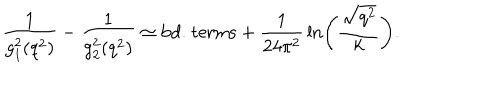
{ \frac { 1 } { g _ { 1 } ^ { 2 } ( q ^ { 2 } ) } } - { \frac { 1 } { g _ { 2 } ^ { 2 } ( q ^ { 2 } ) } } \simeq \mathrm { b d . ~ t e r m s } + { \frac { 1 } { 2 4 \pi ^ { 2 } } } \ln \left( { \frac { \sqrt { q ^ { 2 } } } { k } } \right) .